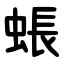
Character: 䗅